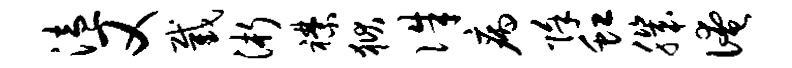
溘又截浙襟狱侏病除虹肌淹